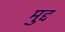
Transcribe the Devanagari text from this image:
मुद्द